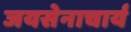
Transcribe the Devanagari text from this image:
जयसेनाचार्य